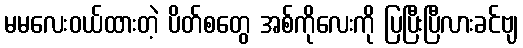
မမလေးဝယ်ထားတဲ့ ပိတ်စတွေ အစ်ကိုလေးကို ပြပြီးပြီလားခင်ဗျ